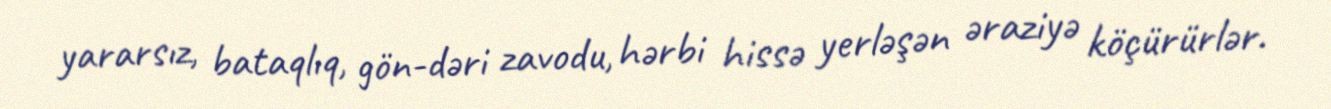
yararsız, bataqlıq, gön-dəri zavodu, hərbi hissə yerləşən əraziyə köçürürlər.